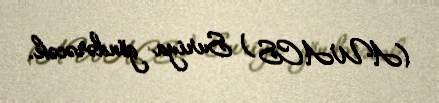
(AWACS ) Suriya göndərəcək.